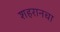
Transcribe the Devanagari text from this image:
शहरानचा